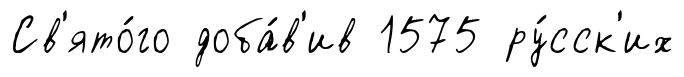
Св'ято́го доба́в'ив 1575 ру́сск'их